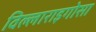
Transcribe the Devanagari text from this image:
विल्लाराइगोसा